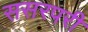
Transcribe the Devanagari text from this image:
ससरपरी